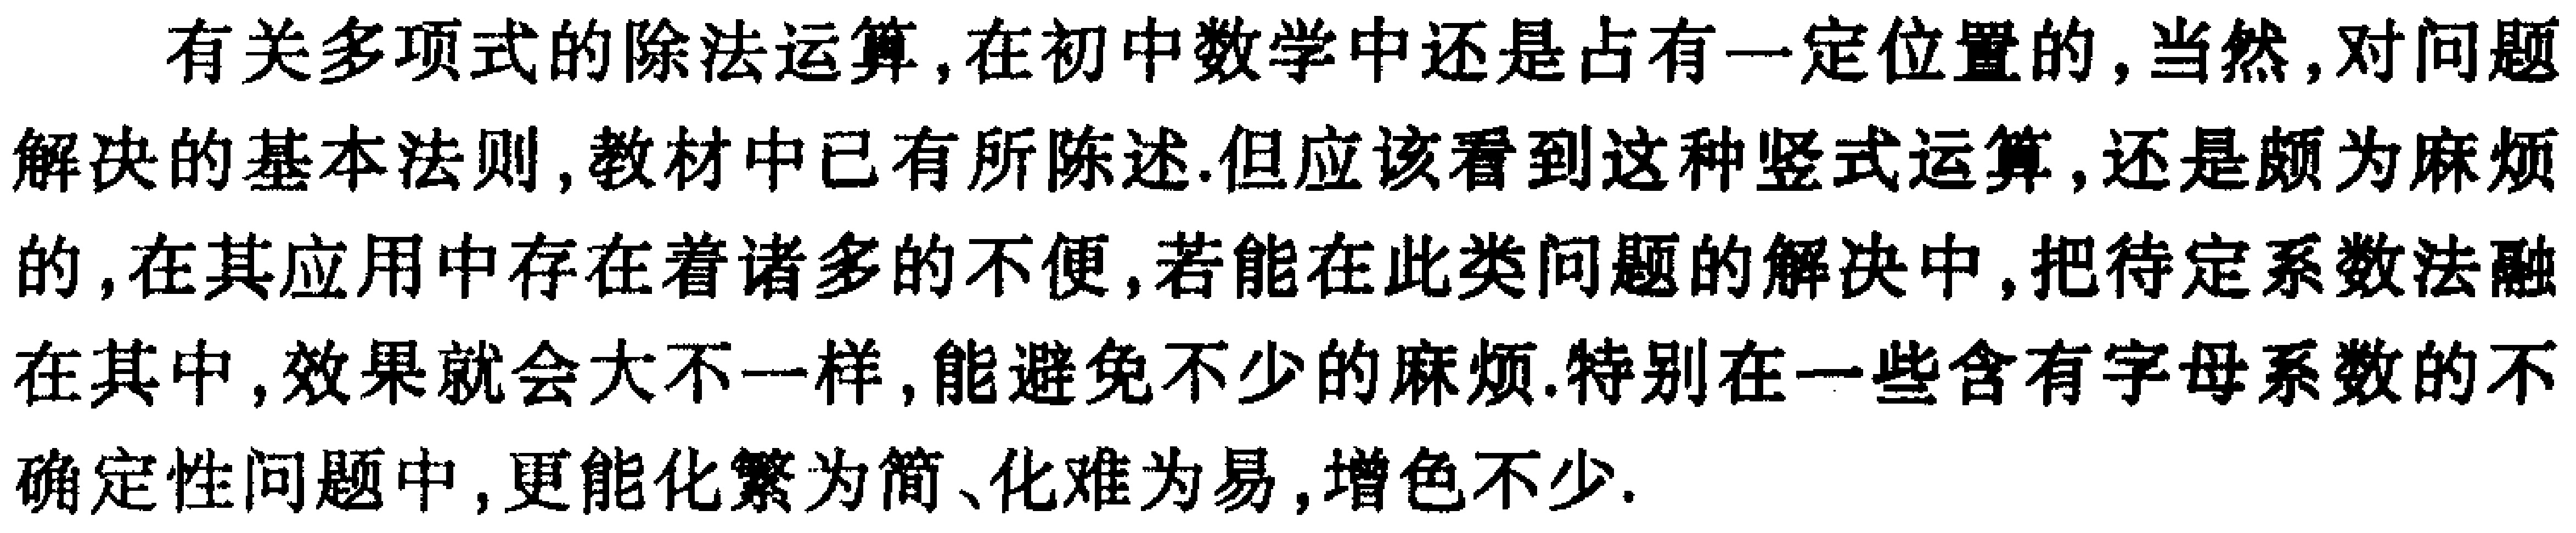
有关多项式的除法运算，在初中数学中还是占有一定位置的，当然，对问题解决的基本法则，教材中已有所陈述.但应该看到这种竖式运算，还是颇为麻烦的，在其应用中存在着诸多的不便，若能在此类问题的解决中，把待定系数法融在其中，效果就会大不一样，能避免不少的麻烦.特别在一些含有字母系数的不确定性问题中，更能化繁为简、化难为易，增色不少.